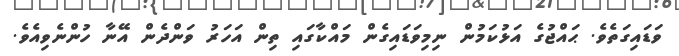
ވަޑައިގަތެވެ. ޙައްޖުގެ އަޅުކަމުން ނިމިވަޑައިގެން މައްކާގައި ތިން އަހަރު ވަންދެން އޭނާ ހުންނެވިއެވެ.